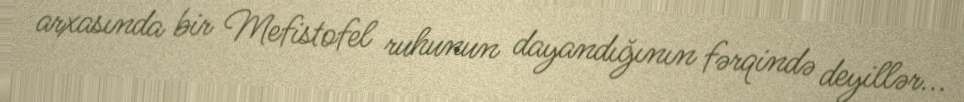
arxasında bir Mefistofel ruhunun dayandığının fərqində deyillər...